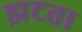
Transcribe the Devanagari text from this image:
झटता